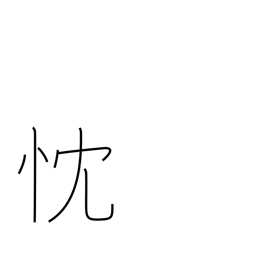
Meaning: sincere